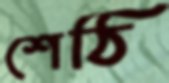
শেঠি